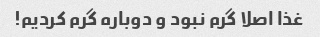
غذا اصلا گرم نبود و دوباره گرم کردیم!